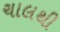
ચાલથી